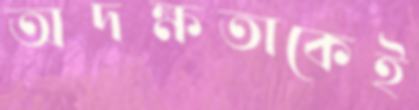
অদক্ষতাকেই